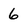
Character: 6